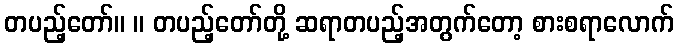
တပည့်တော်။ ။ တပည့်တော်တို့ ဆရာတပည့်အတွက်တော့ စားစရာလောက်